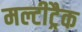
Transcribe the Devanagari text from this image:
मल्टीट्रैक